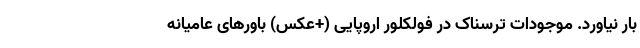
بار نیاورد. موجودات ترسناک در فولکلور اروپایی (+عکس) باور‌های عامیانه